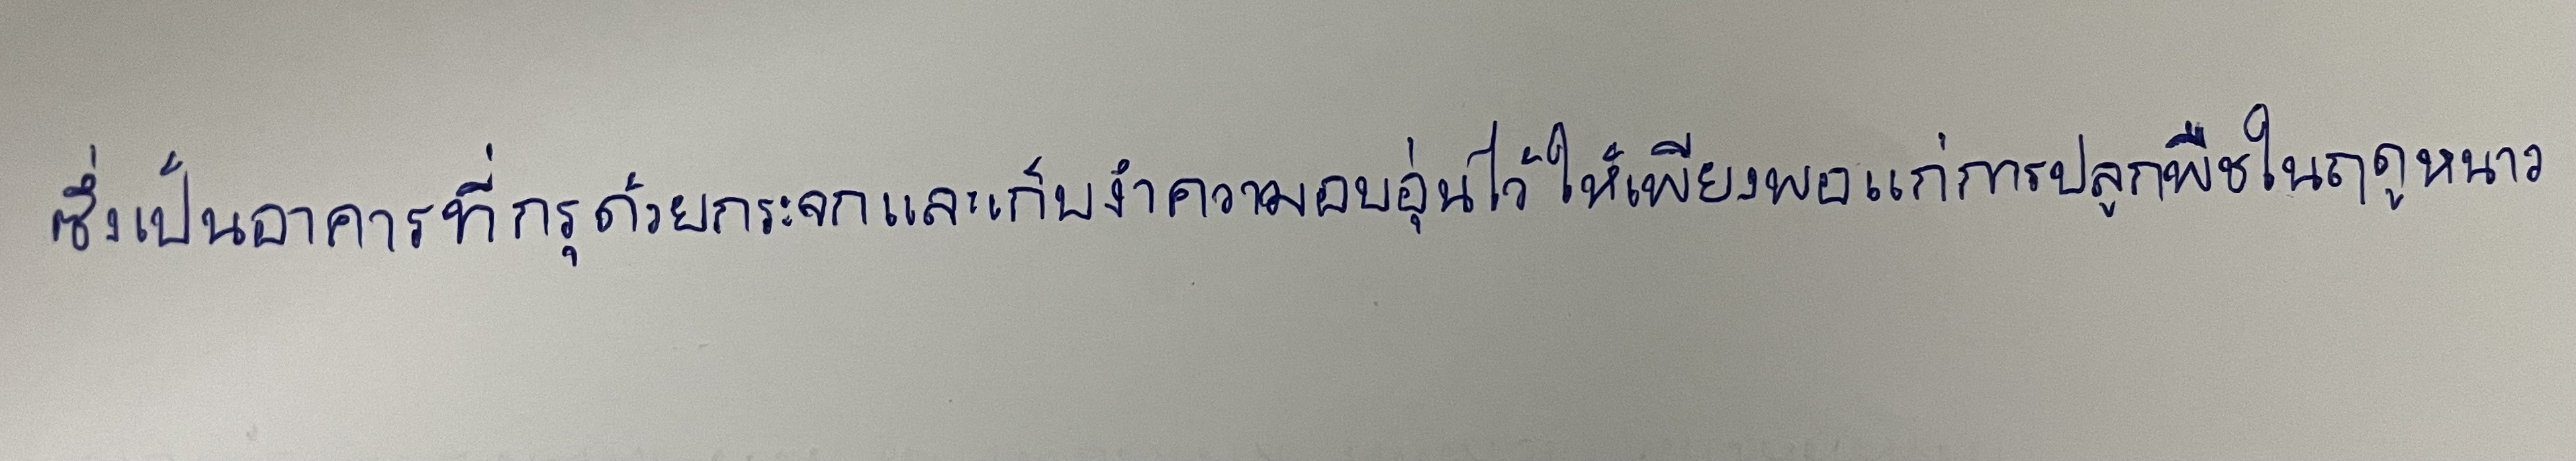
ซึ่งเป็นอาคารที่กรุด้วยกระจกและเก็บงำความอบอุ่นไว้ให้เพียงพอแก่การปลูกพืชในฤดูหนาว